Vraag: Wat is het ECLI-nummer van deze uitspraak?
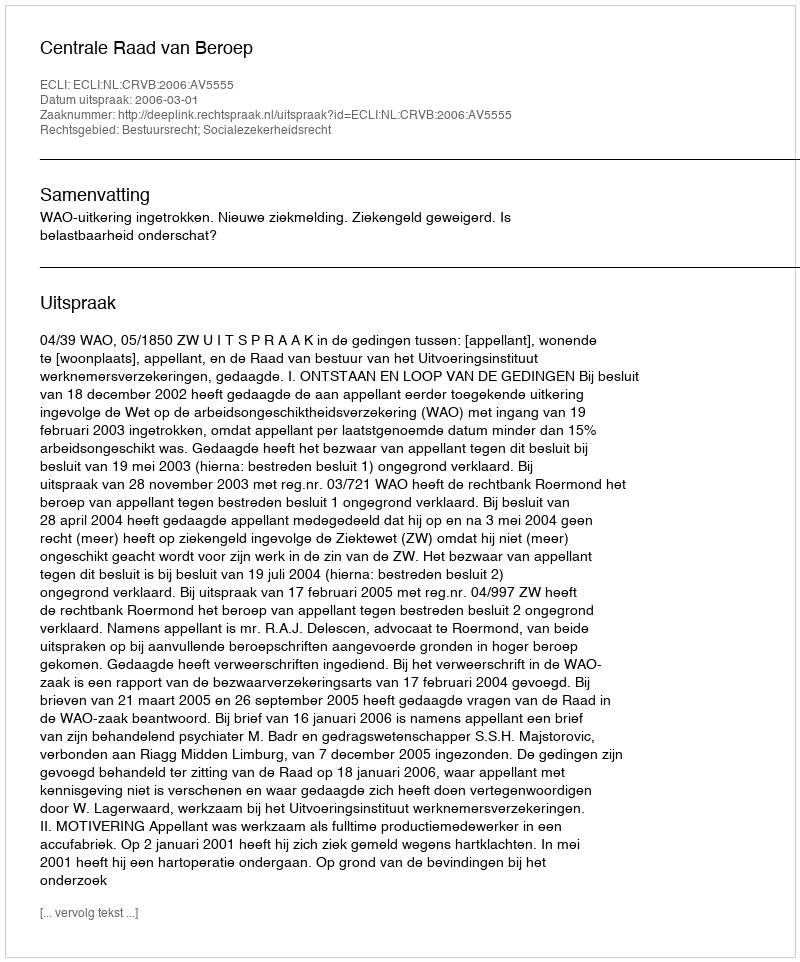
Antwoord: ECLI:NL:CRVB:2006:AV5555